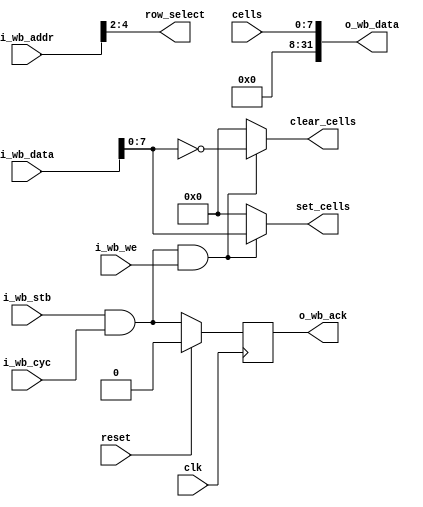
module silife_grid_wishbone #(
    parameter WIDTH  = 8,
    parameter HEIGHT = 8
) (
    input wire reset,
    input wire clk,

    input wire [WIDTH-1:0] cells,
    output wire [row_bits-1:0] row_select,
    output reg [WIDTH-1:0] clear_cells,
    output reg [WIDTH-1:0] set_cells,

    // Wishbone interface
    input  wire        i_wb_cyc,   // wishbone transaction
    input  wire        i_wb_stb,   // strobe
    input  wire        i_wb_we,    // write enable
    input  wire [31:0] i_wb_addr,  // address
    input  wire [31:0] i_wb_data,  // incoming data
    output reg         o_wb_ack,   // request is completed 
    output reg  [31:0] o_wb_data   // output data
);

  localparam cell_count = WIDTH * HEIGHT;
  localparam row_bits = $clog2(HEIGHT);
  assign row_select = i_wb_addr[2+row_bits-1:2];

  wire wb_write = i_wb_stb && i_wb_cyc && i_wb_we;

  integer j;
  always @* begin
    o_wb_data = 32'd0;
    clear_cells = 0;
    set_cells = 0;
    o_wb_data[WIDTH-1:0] = cells;
    if (wb_write) begin
      clear_cells = ~i_wb_data[WIDTH-1:0];
      set_cells   = i_wb_data[WIDTH-1:0];
    end
  end

  always @(posedge clk) begin
    if (reset) begin
      o_wb_ack <= 0;
    end else begin
      o_wb_ack <= i_wb_stb && i_wb_cyc;
    end
  end

endmodule